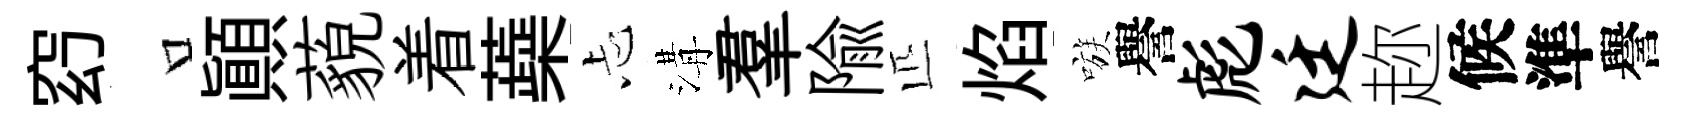
𥥆口顚藐着蘃忐溝羣隃匹焰嗾譽彪廷趂候準譽